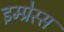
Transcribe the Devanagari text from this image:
इम्प्रेस्स